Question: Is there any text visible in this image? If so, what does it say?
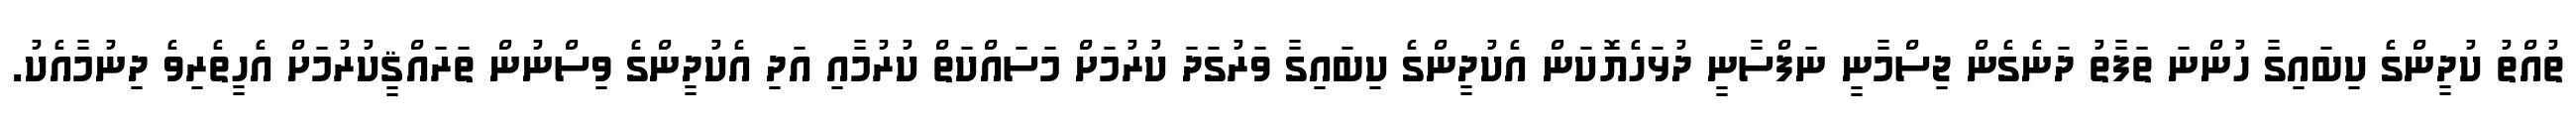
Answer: ތުއްތު ކުދީންގެ ކިބައިގާ ހުންނަ ތަފާތު ދަނެގެން ޖިސްމާނީ ނަފްސާނީ ދުޅަހެޔޮކަން އެކުދީންގެ ކިބައިގާ ވަރުގަދަ ކުރުމަށް މަސައްކަތް ކުރުމާއި އަދި އެކުދީންގެ ވިސްނުން ތަރައްޤީކުރުމަށް އެހީތެރިވެ ދިނުމާއެކު.